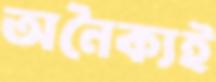
অনৈক্যই